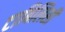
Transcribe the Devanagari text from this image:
टाबिलिसी